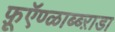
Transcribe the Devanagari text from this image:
फ़ूऍण्ळाब्ब्ऱाडा